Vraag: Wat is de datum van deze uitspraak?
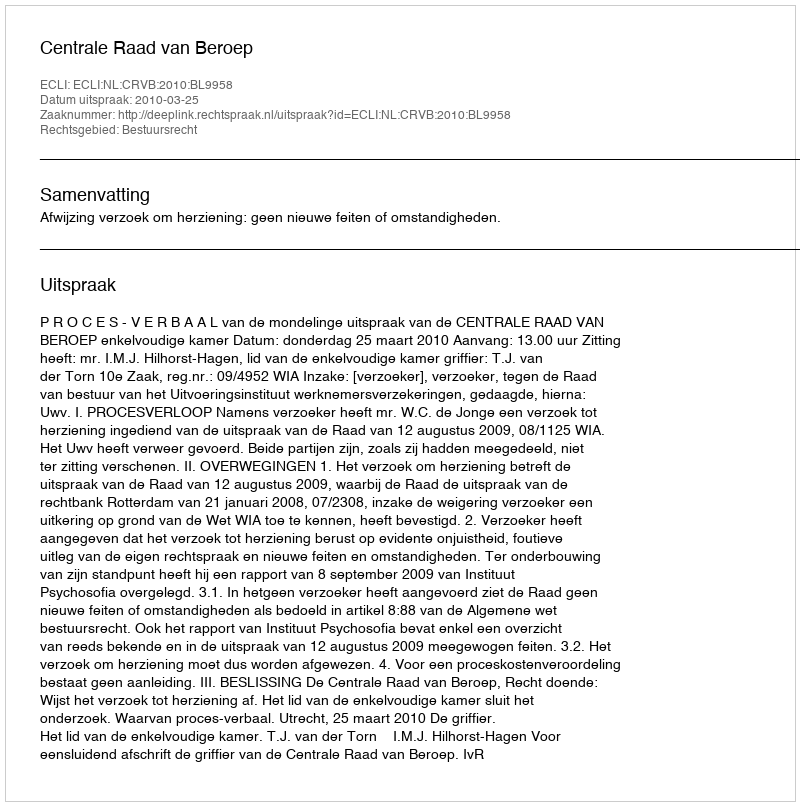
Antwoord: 2010-03-25